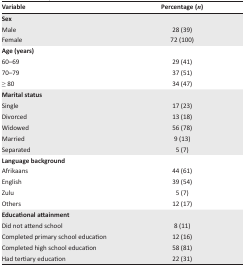
<table><thead><tr><td><b>Variable</b></td><td><b>Percentage (<i>n</i>)</b></td></tr></thead><tbody><tr><td colspan="2"><b>Sex</b></td></tr><tr><td>Male</td><td>28 (39)</td></tr><tr><td>Female</td><td>72 (100)</td></tr><tr><td colspan="2"><b>Age (years)</b></td></tr><tr><td>60–69</td><td>29 (41)</td></tr><tr><td>70–79</td><td>37 (51)</td></tr><tr><td>≥ 80</td><td>34 (47)</td></tr><tr><td colspan="2"><b>Marital status</b></td></tr><tr><td>Single</td><td>17 (23)</td></tr><tr><td>Divorced</td><td>13 (18)</td></tr><tr><td>Widowed</td><td>56 (78)</td></tr><tr><td>Married</td><td>9 (13)</td></tr><tr><td>Separated</td><td>5 (7)</td></tr><tr><td colspan="2"><b>Language background</b></td></tr><tr><td>Afrikaans</td><td>44 (61)</td></tr><tr><td>English</td><td>39 (54)</td></tr><tr><td>Zulu</td><td>5 (7)</td></tr><tr><td>Others</td><td>12 (17)</td></tr><tr><td colspan="2"><b>Educational attainment</b></td></tr><tr><td>Did not attend school</td><td>8 (11)</td></tr><tr><td>Completed primary school education</td><td>12 (16)</td></tr><tr><td>Completed high school education</td><td>58 (81)</td></tr><tr><td>Had tertiary education</td><td>22 (31)</td></tr></tbody></table>